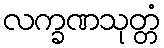
လက္ခဏသုတ္တံ